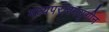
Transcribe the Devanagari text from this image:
मध्यपराश्मयुगीन